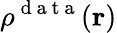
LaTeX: \rho^{\mathrm{~d~a~t~a~}}(\boldsymbol{\textbf{r}})